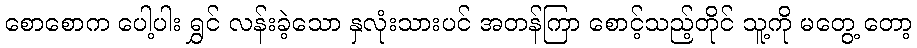
စောစောက ပေါ့ပါး ရွှင် လန်းခဲ့သော နှလုံးသားပင် အတန်ကြာ စောင့်သည့်တိုင် သူ့ကို မတွေ့ တော့